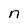
Character: n